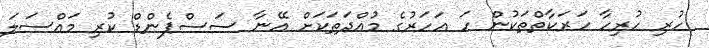
ހުރި ހުރިހާ ހަރަކާތްތަކުން ހަ އަހަރުގެ މުއްދަތަކަށް އޭނާ ސަސްޕެންޑް ކުރި މައްސަލަ